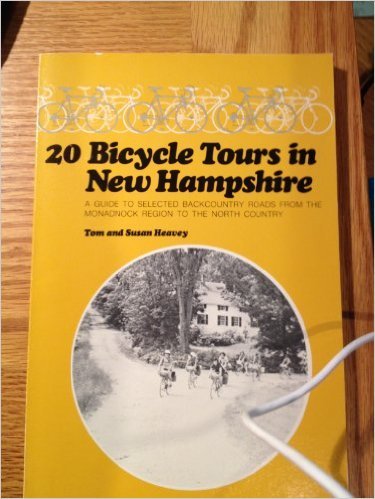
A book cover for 20 Bicycle Tours in New Hampshire; Tom. Heavey; Travel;